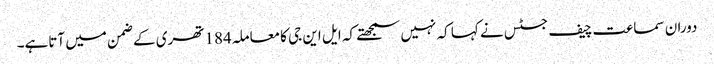
دوران سماعت چیف جسٹس نے کہا کہ نہیں سمجھتے کہ ایل این جی کامعاملہ184تھری کے ضمن میں آتاہے۔